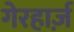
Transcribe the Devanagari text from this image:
गेरहार्ज़